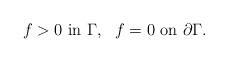
LaTeX: \begin{align*}f > 0 \mbox{ in } \Gamma, \ \ f = 0 \mbox{ on } \partial \Gamma.\end{align*}